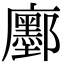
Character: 𢌅